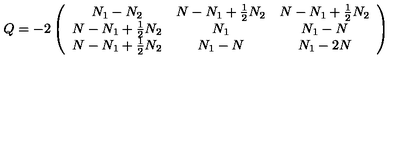
Q = - 2 \left( \begin{array} { c c c } { N _ { 1 } - N _ { 2 } } & { N - N _ { 1 } + \frac 1 2 N _ { 2 } } & { N - N _ { 1 } + \frac 1 2 N _ { 2 } } \\ { N - N _ { 1 } + \frac 1 2 N _ { 2 } } & { N _ { 1 } } & { N _ { 1 } - N } \\ { N - N _ { 1 } + \frac 1 2 N _ { 2 } } & { N _ { 1 } - N } & { N _ { 1 } - 2 N } \\ \end{array} \right)